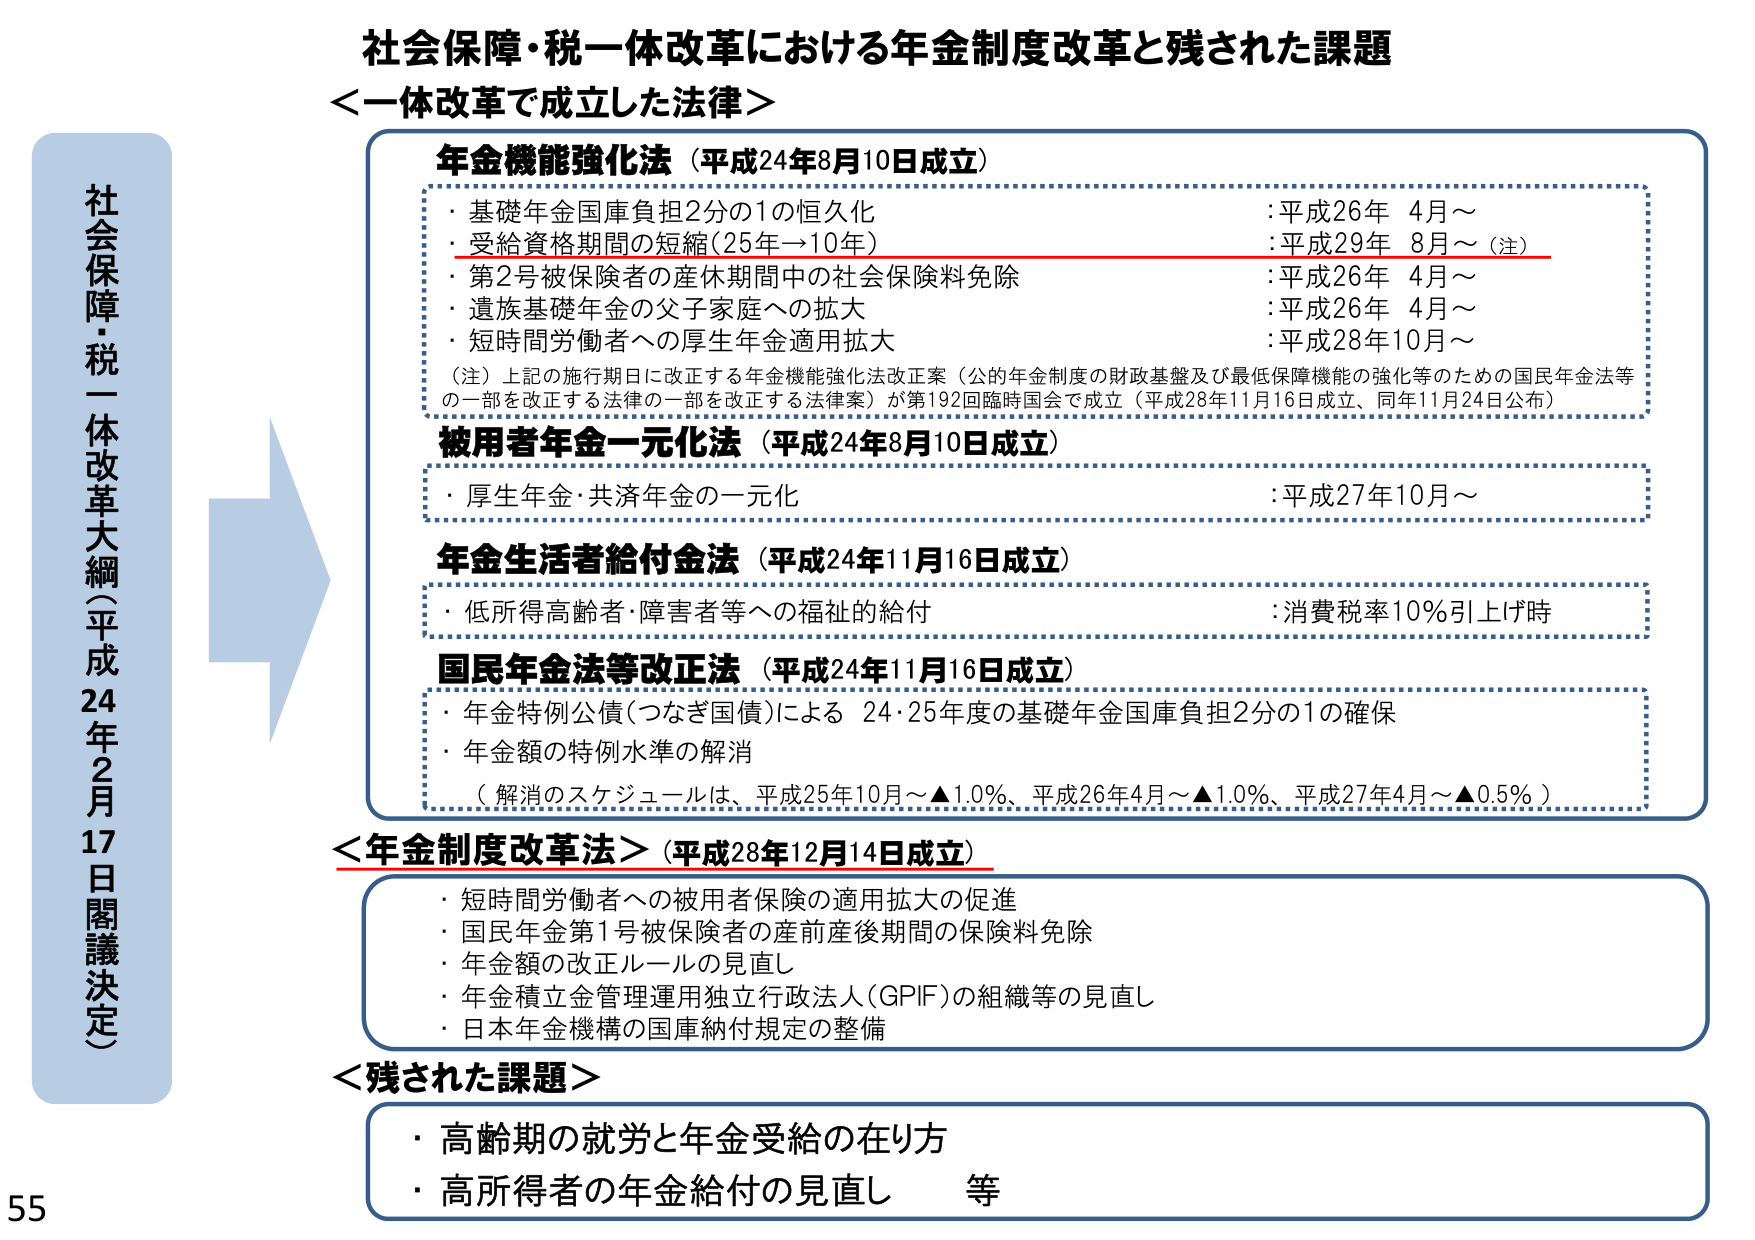
社会保障・税一体改革における年金制度改革と残された課題
＜一体改革で成立した法律＞

年金機能強化法（平成24年8月10日成立）
・基礎年金国庫負担2分の1の恒久化 ：平成26年 4月～
・受給資格期間の短縮（25年→10年） ：平成29年 8月～（注）
・第2号被保険者の産休期間中の社会保険料免除 ：平成26年 4月～
・遺族基礎年金の父子家庭への拡大 ：平成26年 4月～
・短時間労働者への厚生年金適用拡大 ：平成28年10月～
（注）上記の施行日に改正する年金機能強化法改正案（公的年金制度の財政基盤及び最低保障機能の強化等のための国民年金法等の一部を改正する法律の一部を改正する法律案）が第192回臨時国会で成立（平成28年11月16日成立、同年11月24日公布）

被用者年金一元化法（平成24年8月10日成立）
・厚生年金・共済年金の一元化 ：平成27年10月～

年金生活者給付金法（平成24年11月16日成立）
・低所得高齢者・障害者等への福祉的給付 ：消費税率10％引上げ時

国民年金法等改正法（平成24年11月16日成立）
・年金特例公債（つなぎ国債）による 24・25年度の基礎年金国庫負担2分の1の確保
・年金額の特例水準の解消
（解消のスケジュールは、平成25年10月～▲1.0％、平成26年4月～▲1.0％、平成27年4月～▲0.5％）

＜年金制度改革法＞（平成28年12月14日成立）
・短時間労働者への被用者保険の適用拡大の促進
・国民年金第1号被保険者の産前産後期間の保険料免除
・年金額の改正ルールの見直し
・年金積立金管理運用独立行政法人（GPIF）の組織等の見直し
・日本年金機構の国庫納付規定の整備

＜残された課題＞
・高齢期の就労と年金受給の在り方
・高所得者の年金給付の見直し 等

社会保障・税一体改革大綱（平成24年2月17日閣議決定）

55